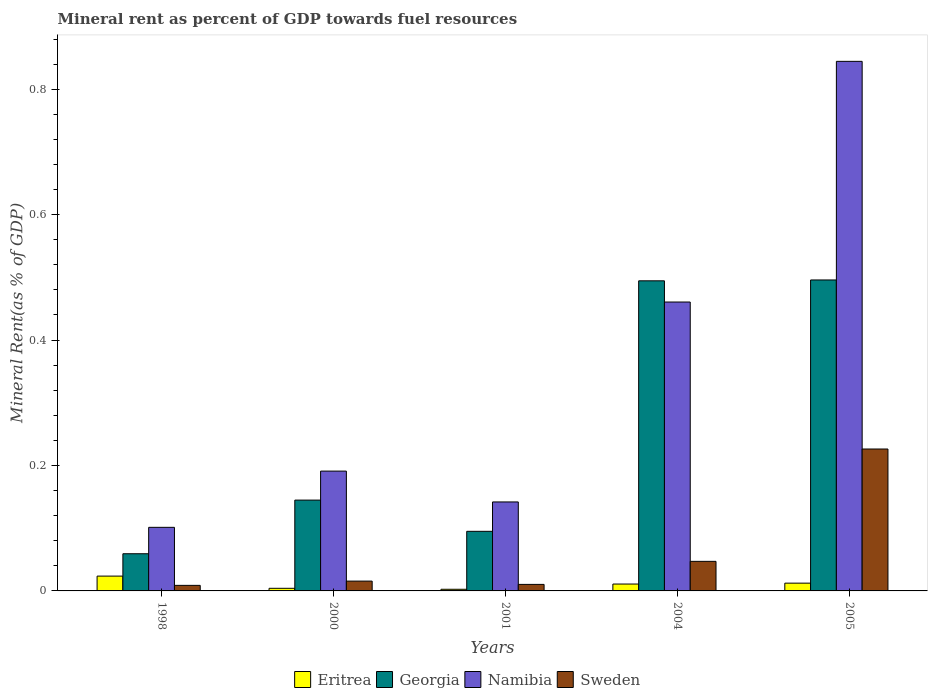
| Years | Eritrea | Georgia | Namibia | Sweden |
 | --- | --- | --- | --- | --- |
 | 1998 | 0.0236 | 0.0593 | 0.101 | 0.00887 |
 | 2000 | 0.00418 | 0.145 | 0.191 | 0.0157 |
 | 2001 | 0.00264 | 0.095 | 0.142 | 0.0104 |
 | 2004 | 0.011 | 0.494 | 0.461 | 0.0471 |
 | 2005 | 0.0124 | 0.496 | 0.844 | 0.226 |